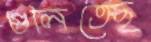
গুলিতেছ